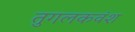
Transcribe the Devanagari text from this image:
तुगलकवंश